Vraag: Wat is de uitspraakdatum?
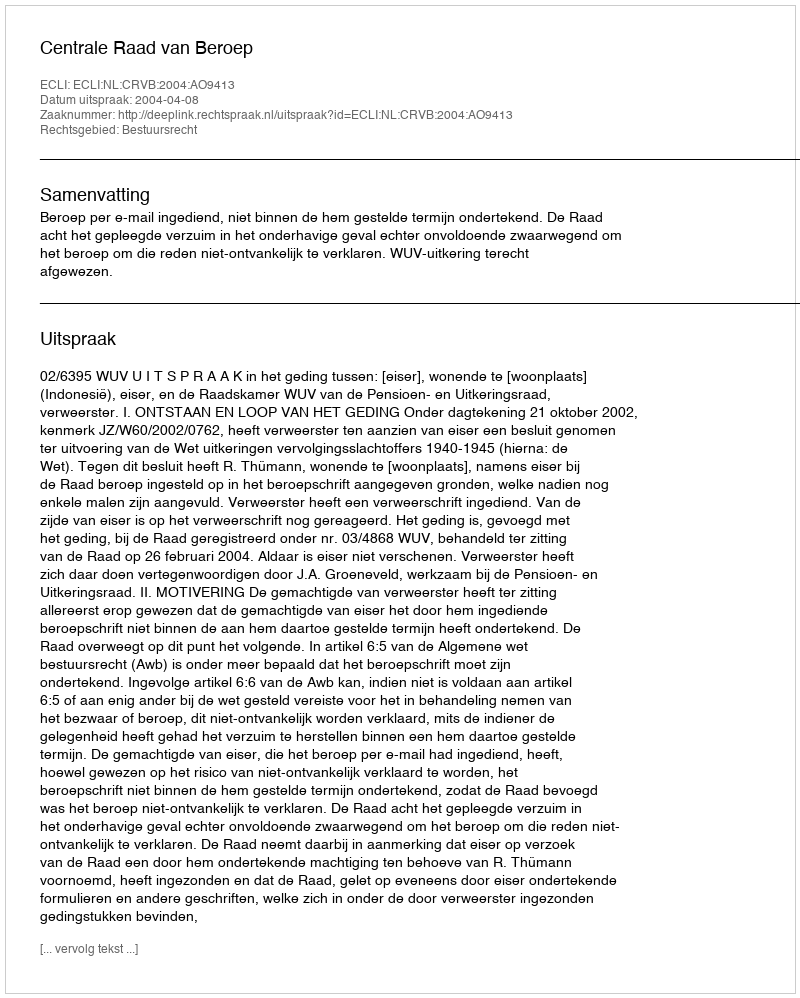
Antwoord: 2004-04-08